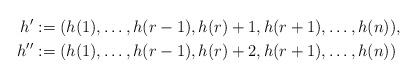
LaTeX: \begin{align*}h'&:=(h(1),\ldots,h(r-1),h(r)+1,h(r+1),\ldots,h(n)), \\h''&:=(h(1),\ldots,h(r-1),h(r)+2,h(r+1),\ldots,h(n))\end{align*}